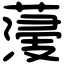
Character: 薓